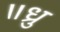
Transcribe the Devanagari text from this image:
॥ध्रु